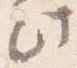
此